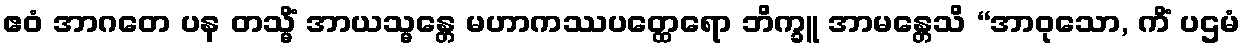
ဧဝံ အာဂတေ ပန တသ္မိံ အာယသ္မန္တေ မဟာကဿပတ္ထေရော ဘိက္ခူ အာမန္တေသိ “အာဝုသော, ကိံ ပဌမံ